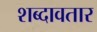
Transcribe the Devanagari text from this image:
शब्दावतार